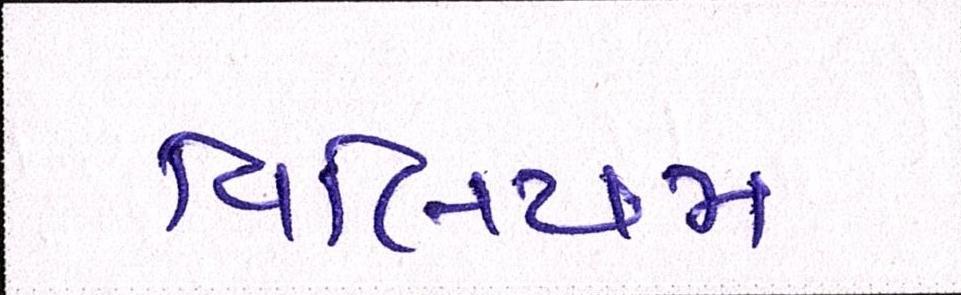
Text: વિલિયમ